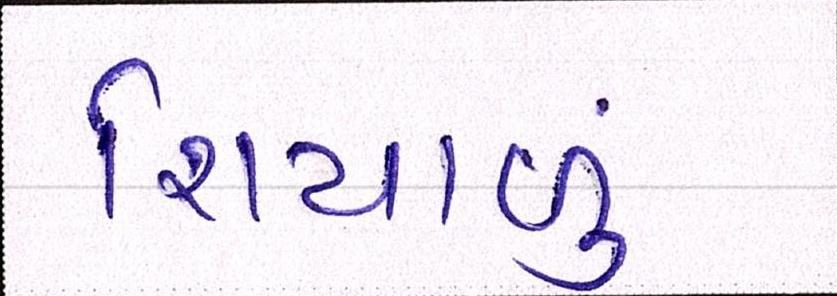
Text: શિયાળુ